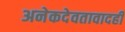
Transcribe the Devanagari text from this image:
अनेकदेवतावादही